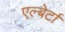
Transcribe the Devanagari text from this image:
एल्बेर्टा